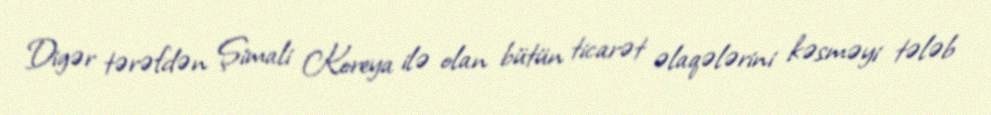
Digər tərəfdən Şimali Koreya ilə olan bütün ticarət əlaqələrini kəsməyi tələb